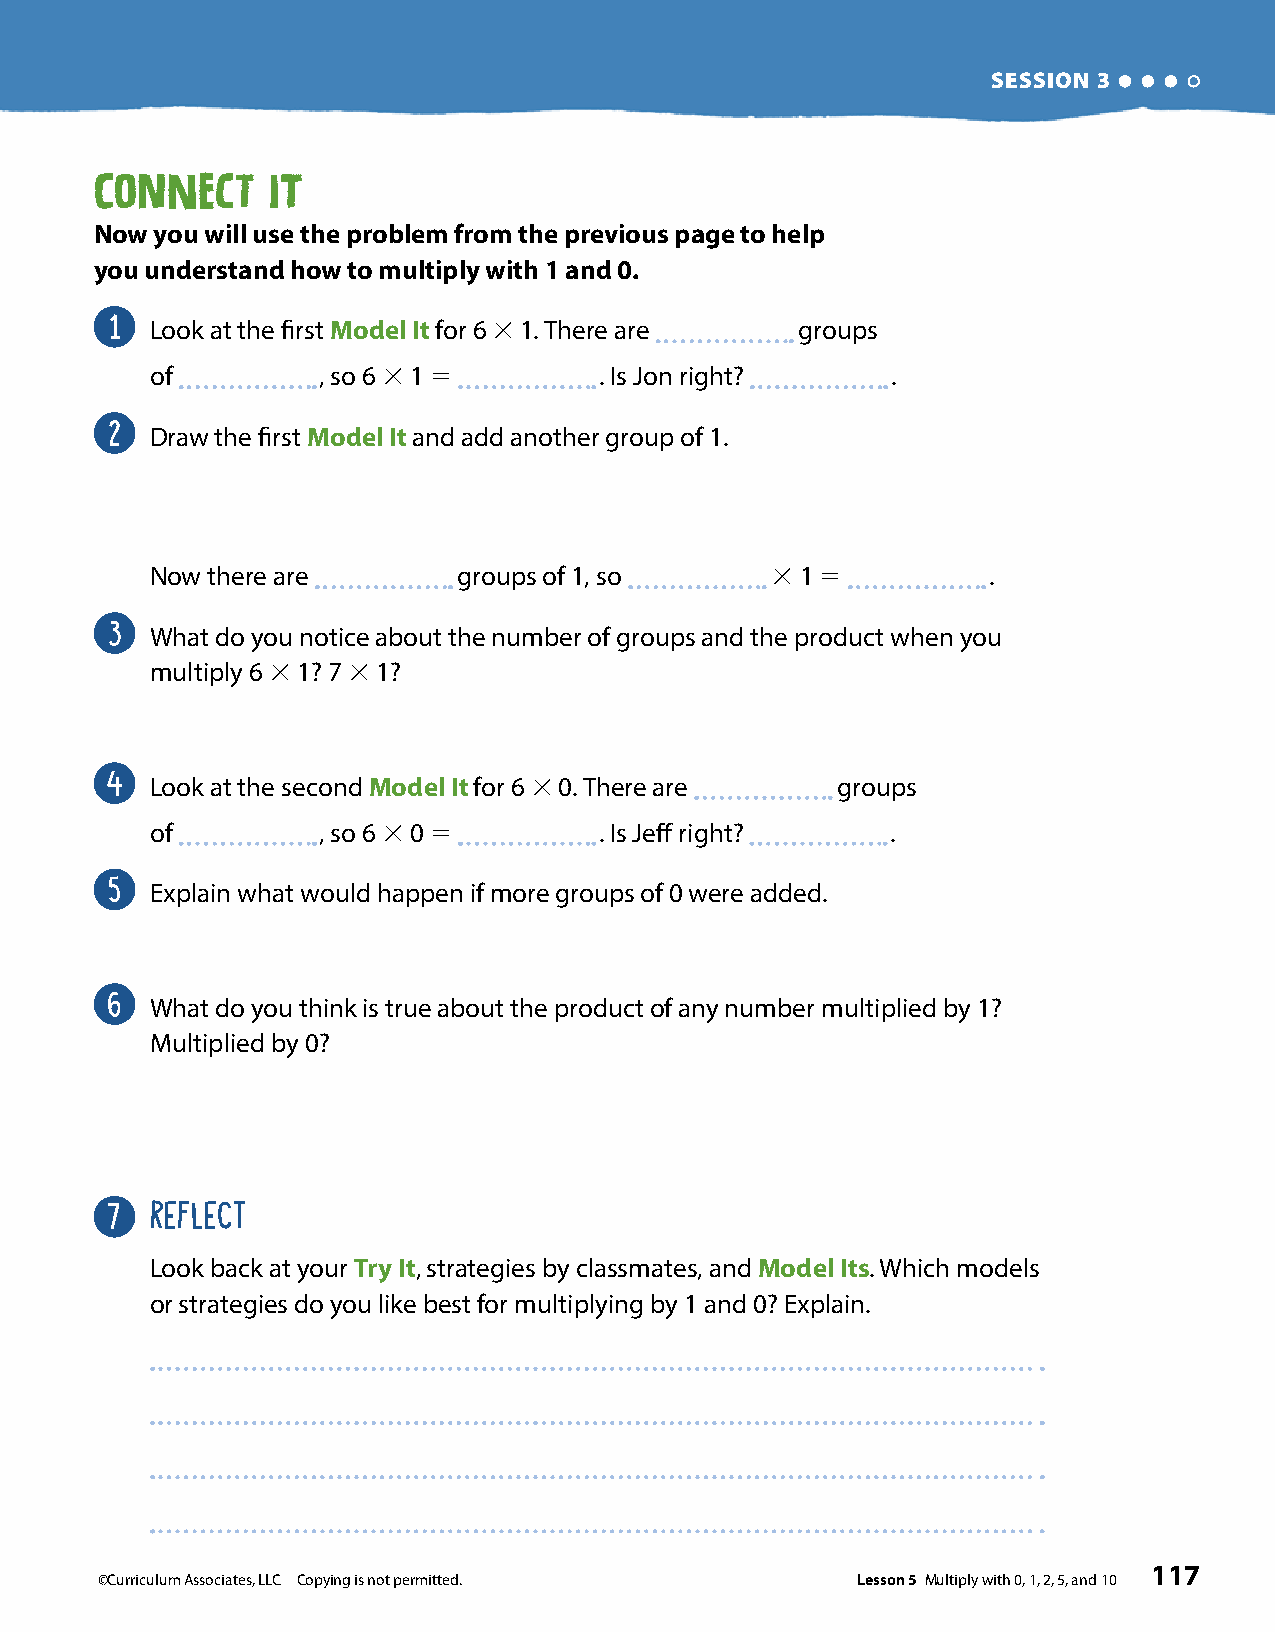
SESSION 3
 Connect     It
 Now you will use the problem from the previous page to help
 you understand how to multiply with 1 and 0 .
 1
 Look at the first Model It for 6 3 1. There are groups
 of         , so 6 3 1 5       . Is Jon right?    .
 2
 Draw the first Model It and add another group of 1.
 Now there are       groups of 1, so      3 1 5         .
 3
 What do you notice about the number of groups and the product when you
 multiply 6 3 1? 7 3 1?
 4
 Look at the second Model It for 6 3 0. There are groups
 of         , so 6 3 0 5       . Is Jeff right?   .
 5
 Explain what would happen if more groups of 0 were added.
 6
 What do you think is true about the product of any number multiplied by 1?
 Multiplied by 0?
 7  REFLECT
 Look back at your Try It, strategies by classmates, and Model Its. Which models
 or strategies do you like best for multiplying by 1 and 0? Explain.
 117
 ©Curriculum Associates, LLC Copying is not permitted. Lesson 5 Multiply with 0, 1, 2, 5, and 10